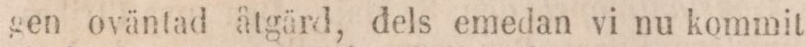
gen oväntad åtgärd, dels emedan vi nu kommit